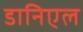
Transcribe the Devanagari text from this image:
डानिएल